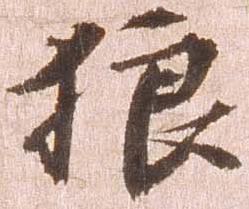
狼